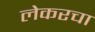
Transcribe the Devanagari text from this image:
लेकरचा